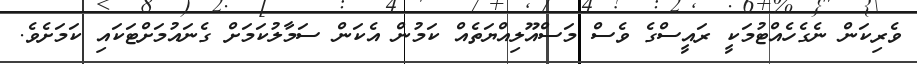
ވެރިކަން ނެގެހެއްޓުމަކީ ރައީސްގެ ވެސް މަސްއޫލިއްޔަތެއް ކަމުން އެކަން ސަމާލުކަމަށް ގެނައުމަށްޓަކައި ކަމަށެވެ.